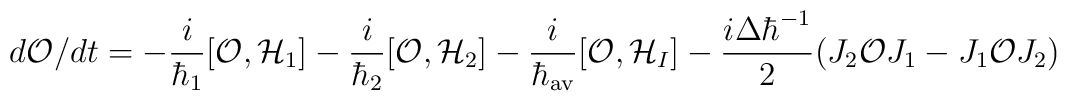
d{\cal O}/dt =-{i\over \hbar_{1}}[{\cal O}, {\cal H}_{1}]-{i\over \hbar_{2}}[{\cal O},{\cal H}_{2}]-{i\over \hbar_{\rm av}}[{\cal O}, {\cal H}_{I}]-{{i\Delta\hbar^{-1}} \over 2}(J_{2}{\cal O} J_{1} - J_{1}{\cal O}J_{2})